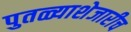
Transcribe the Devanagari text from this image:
पुतळ्याशेजारीच